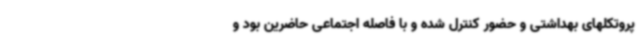
پروتکلهای بهداشتی و حضور کنترل شده و با فاصله اجتماعی حاضرین بود و